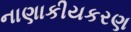
નાણાકીયકરણ